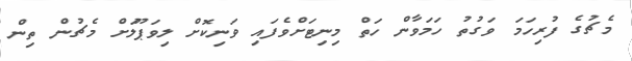
މެޗުގެ ފުރިހަމަ ވަގުތު ހަމަވާން ހަތް މިނިޓަށްވެފައި ވަނިކޮށް ލިވަޕޫލަށް މެޗުން ތިން